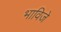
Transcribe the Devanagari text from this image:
भाविजे